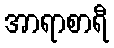
အာရာစာရီ